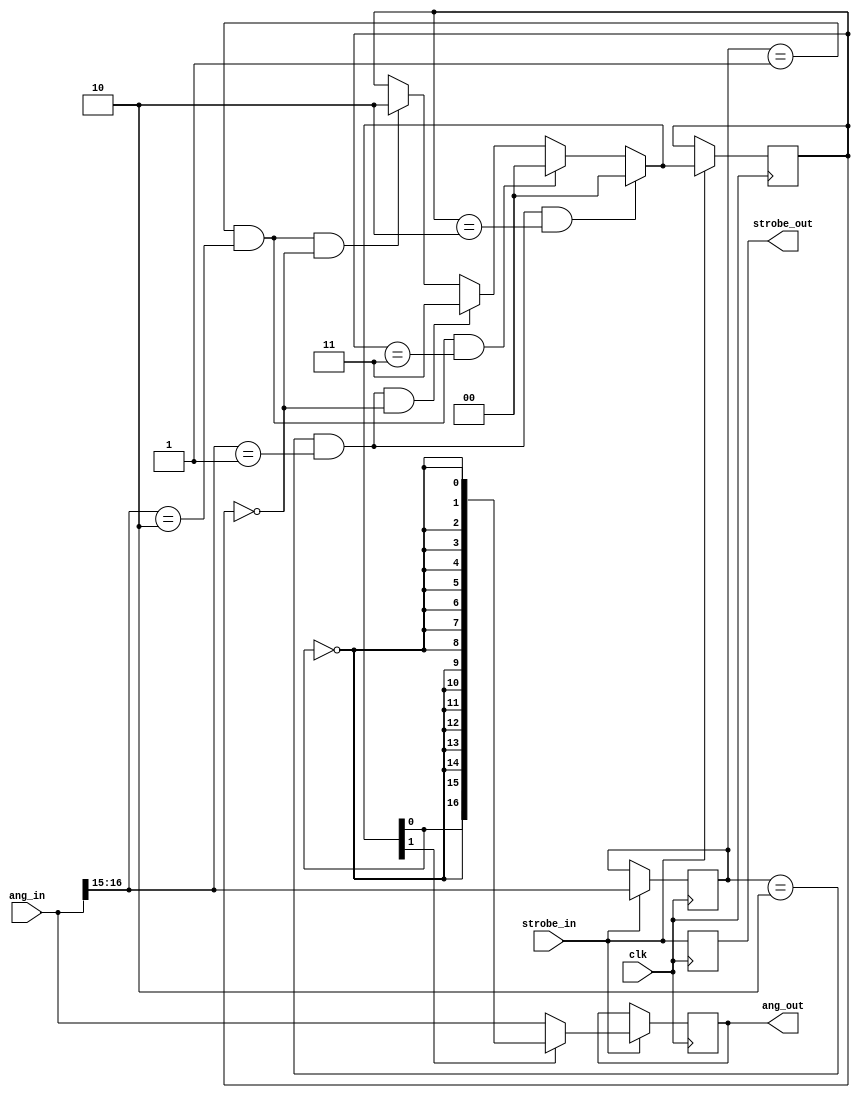
// Synthesizes to 17 slices at 155 MHz in XC3Sxxx-4 using XST-10.1i

// Transform a raw phase difference (-pi to pi) into a control signal
// for a PLL.  Uses internal state to generate the right full-scale
// DC signal when the frequencies are mismatched.  In the final,
// locked-at-zero-phase state, the output equals the input.

`timescale 1ns / 1ns
module pdetect(clk, ang_in, strobe_in, ang_out, strobe_out);
parameter w=17;
	input clk;
	input [w-1:0] ang_in;
	input strobe_in;
	output reg [w-1:0] ang_out;
	output reg strobe_out;

// coding is important, see usage of next bits below
reg [1:0] state=0;
`define S_LINEAR 0
`define S_CLIP_P 2
`define S_CLIP_N 3

initial ang_out=0;
initial strobe_out=0;

reg [1:0] prev_quad=0;
wire [1:0] quad = ang_in[w-1:w-2];
wire trans_pn = (prev_quad==2'b01) & (quad==2'b10);
wire trans_np = (prev_quad==2'b10) & (quad==2'b01);

reg [1:0] next=0;
always @(*) begin
	next=state;
	if (trans_pn & (state==`S_LINEAR)) next=`S_CLIP_P;
	if (trans_np & (state==`S_LINEAR)) next=`S_CLIP_N;
	if (trans_pn & (state==`S_CLIP_N)) next=`S_LINEAR;
	if (trans_np & (state==`S_CLIP_P)) next=`S_LINEAR;
end

wire [w-1:0] clipv = {next[0],{w-1{~next[0]}}};
always @(posedge clk) if (strobe_in) begin
	prev_quad <= quad;
	state <= next;
	ang_out <= next[1] ? clipv : ang_in;
end
always @(posedge clk) strobe_out <= strobe_in;

endmodule